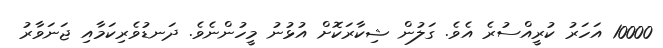
10000 އަހަރު ކުރީއްސުރެ އެވެ. ގަލުން ޝިކާރަކޮށް އުޅުނު މީހުންނެވެ. ދަނޑުވެރިކަމާއި ޖަނަވާރު